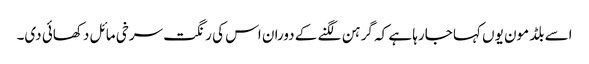
اسے بلڈ مون یوں کہا جارہا ہے کہ گرہن لگنے کے دوران اس کی رنگت سرخی مائل دکھائی دی۔